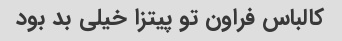
کالباس فراون تو پیتزا خیلی بد بود